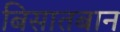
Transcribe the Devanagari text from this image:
बिसातबान